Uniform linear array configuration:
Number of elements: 64
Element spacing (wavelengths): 0.75
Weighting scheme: binomial
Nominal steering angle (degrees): -60
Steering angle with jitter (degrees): -60.911
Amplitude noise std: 0.05
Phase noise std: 0.05

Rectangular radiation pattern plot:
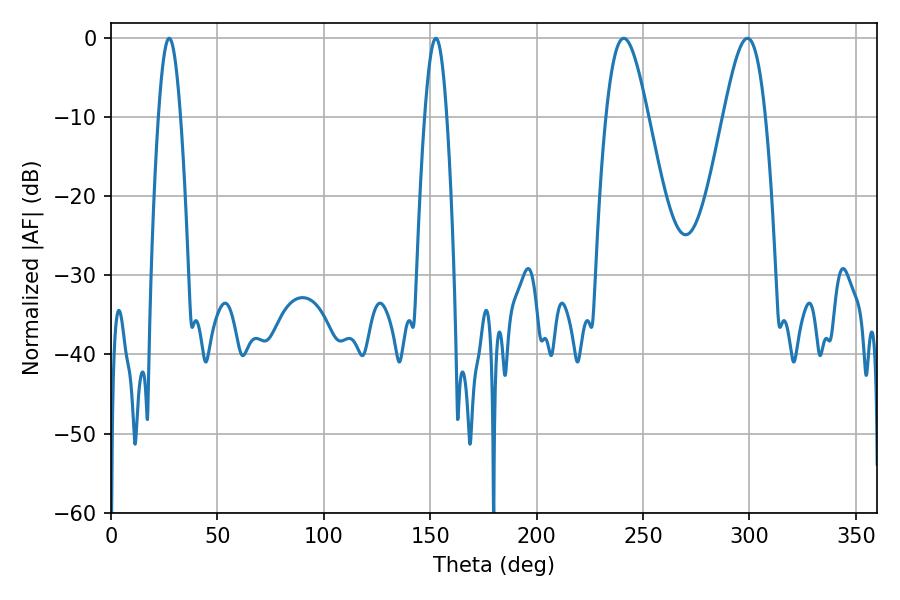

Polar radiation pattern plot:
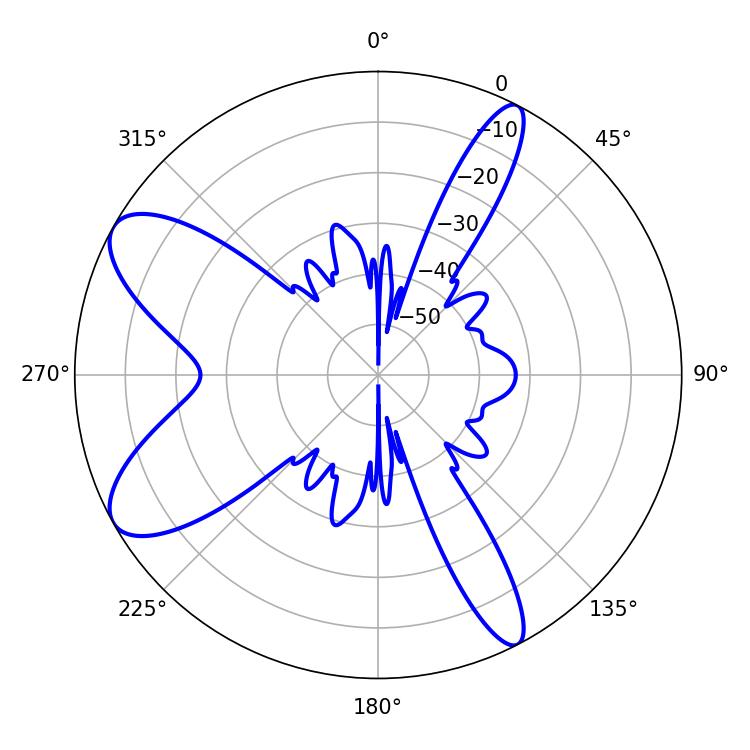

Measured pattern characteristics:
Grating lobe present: TRUE
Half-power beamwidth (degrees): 5.58
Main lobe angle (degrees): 27.36